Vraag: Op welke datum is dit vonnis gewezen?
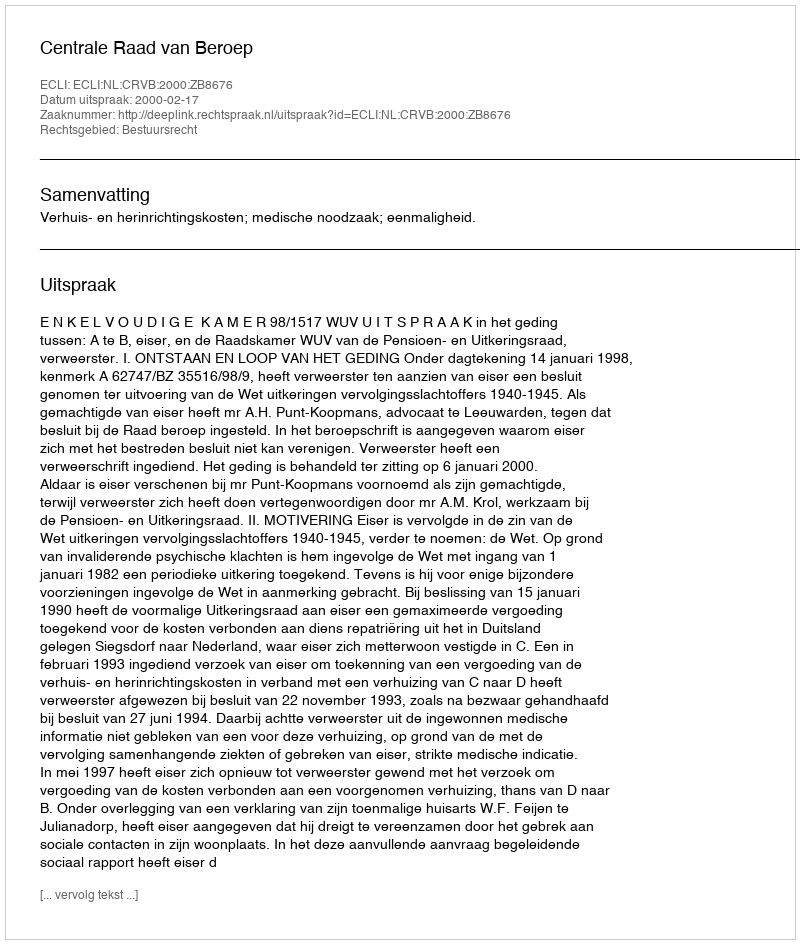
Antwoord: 2000-02-17